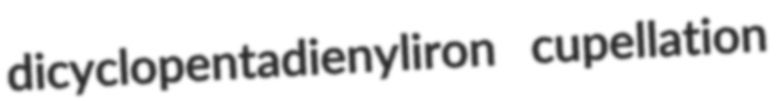
dicyclopentadienyliron cupellation